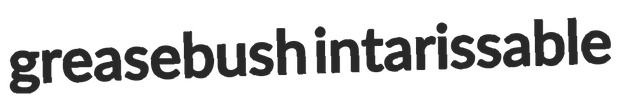
greasebush intarissable